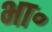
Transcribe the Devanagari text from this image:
भा॰